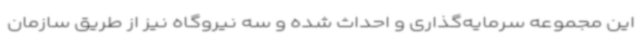
این مجموعه سرمایه‌گذاری و احداث شده و سه نیروگاه نیز از طریق سازمان